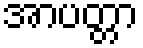
အာပတ္တာ